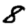
Digit: 8